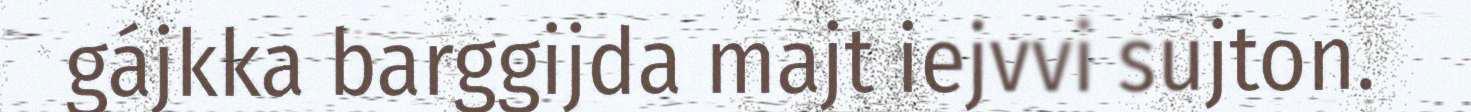
gájkka barggijda majt iejvvi sujton.